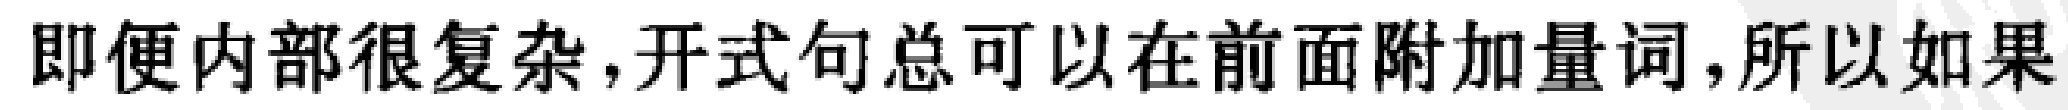
即便内部很复杂, 开式句总可以在前面附加量词, 所以如果